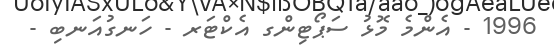
1996 - އެންމެ މޮޅު ސަޕޯޓިންގ އެކްޓަރ - ހަނގުއަނބި -